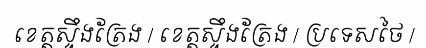
ខេត្តស្ទឹងត្រែង / ខេត្តស្ទឹងត្រែង / ប្រទេសថៃ /